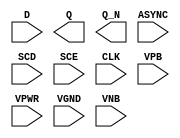
/**
 * Copyright 2020 The SkyWater PDK Authors
 *
 * Licensed under the Apache License, Version 2.0 (the "License");
 * you may not use this file except in compliance with the License.
 * You may obtain a copy of the License at
 *
 *     https://www.apache.org/licenses/LICENSE-2.0
 *
 * Unless required by applicable law or agreed to in writing, software
 * distributed under the License is distributed on an "AS IS" BASIS,
 * WITHOUT WARRANTIES OR CONDITIONS OF ANY KIND, either express or implied.
 * See the License for the specific language governing permissions and
 * limitations under the License.
 *
 * SPDX-License-Identifier: Apache-2.0
 */

`ifndef SKY130_FD_SC_LP__SREGRBP_PP_SYMBOL_V
`define SKY130_FD_SC_LP__SREGRBP_PP_SYMBOL_V

/**
 * sregrbp: ????.
 *
 * Verilog stub (with power pins) for graphical symbol definition
 * generation.
 *
 * WARNING: This file is autogenerated, do not modify directly!
 */

`timescale 1ns / 1ps
`default_nettype none

(* blackbox *)
module sky130_fd_sc_lp__sregrbp (
    //# {{data|Data Signals}}
    input  D    ,
    output Q    ,
    output Q_N  ,

    //# {{scanchain|Scan Chain}}
    input  ASYNC,
    input  SCD  ,
    input  SCE  ,

    //# {{clocks|Clocking}}
    input  CLK  ,

    //# {{power|Power}}
    input  VPB  ,
    input  VPWR ,
    input  VGND ,
    input  VNB
);
endmodule

`default_nettype wire
`endif  // SKY130_FD_SC_LP__SREGRBP_PP_SYMBOL_V